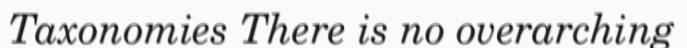
Taxonomies There is no overarching